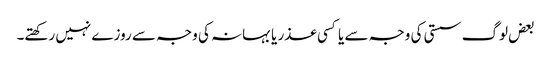
بعض لوگ سستی کی وجہ سے یا کسی عذر یا بہانہ کی وجہ سے روزے نہیں رکھتے۔